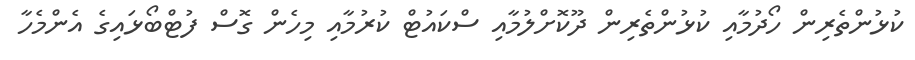
ކުޅުންތެރިން ހޯދުމާއި ކުޅުންތެރިން ދޫކޮށްލުމާއި ސްކައުޓް ކުރުމާއި މިހެން ގޮސް ފުޓްބޯޅައިގެ އެންމެހާ